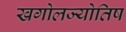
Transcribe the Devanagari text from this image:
खगोलज्योतिष